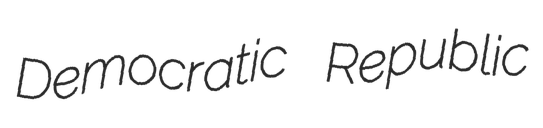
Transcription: Democratic Republic